Civil Veterinary Department Bihar & Orissa reports 1922-29 - 1922-1929
Year: 1922
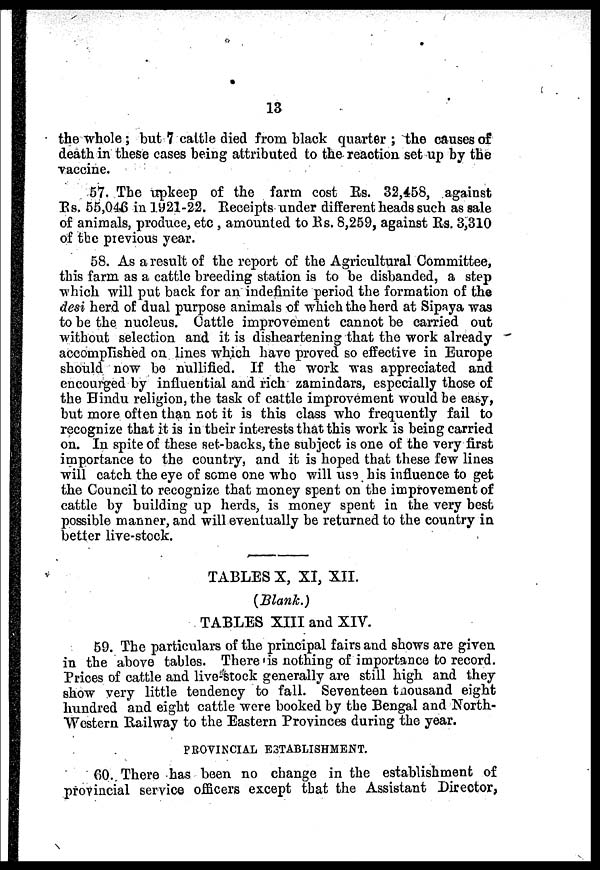
13
the whole ; but 7 cattle died from black quarter ; the causes of
death in these cases being attributed to the reaction set up by the
vaccine.
57. The upkeep of the farm cost Rs. 32,458, against
Rs. 55,046 in 1921-22. Receipts under different heads such as sale
of animals, produce, etc , amounted to Rs. 8,259, against Rs. 3,310
of the previous year.
58. As a result of the report of the Agricultural Committee,
this farm as a cattle breeding station is to be disbanded, a step
which will put back for an indefinite period the formation of the
desi herd of dual purpose animals of which the herd at Sipaya was
to be the nucleus. Cattle improvement cannot be carried out
without selection and it is disheartening that the work already
accomplished on lines which have proved so effective in Europe
should now bo nullified. If the work was appreciated and
encourged by influential and rich zamindars, especially those of
the Hindu religion, the task of cattle improvement would be easy,
but more often than not it is this class who frequently fail to
recognize that it is in their interests that this work is being carried
on. In spite of these set-backs, the subject is one of the very first
importance to the country, and it is hoped that these few lines
will catch the eye of some one who will use his influence to get
the Council to recognize that money spent on the improvement of
cattle by building up herds, is money spent in the very best
possible manner, and will eventually be returned to the country in
better live-stock.
TABLES X, XI, XII.
(Blank.)
TABLES XIII and XIV.
59. The particulars of the principal fairs and shows are given
in the above tables. There is nothing of importance to record.
Prices of cattle and live-stock generally are still high and they
show very little tendency to fall. Seventeen thousand eight
hundred and eight cattle were booked by the Bengal and North-
Western Railway to the Eastern Provinces during the year.
PROVINCIAL ESTABLISHMENT.
60. There has been no change in the establishment of
provincial service officers except that the Assistant Director,